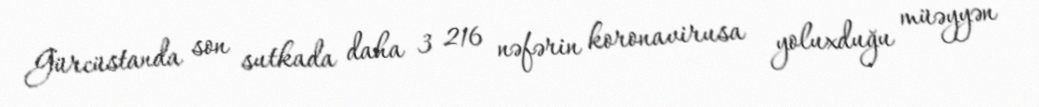
Gürcüstanda son sutkada daha 3 216 nəfərin koronavirusa yoluxduğu müəyyən